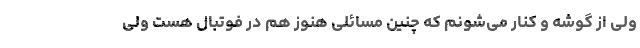
ولی از گوشه و کنار می‌شونم که چنین مسائلی هنوز هم در فوتبال هست ولی